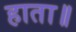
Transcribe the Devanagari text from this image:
हाता॥